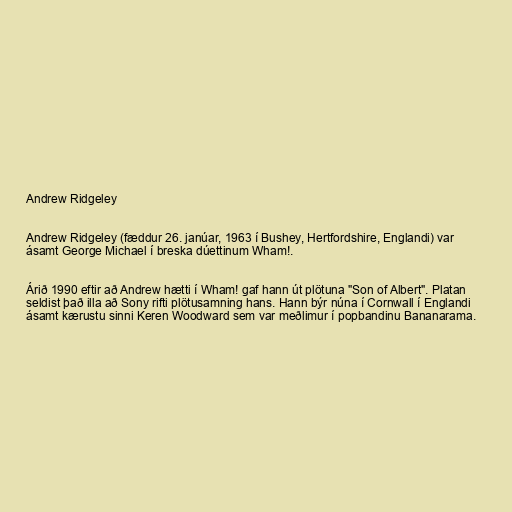
Andrew Ridgeley

Andrew Ridgeley (fæddur 26. janúar, 1963 í Bushey, Hertfordshire, Englandi) var
ásamt George Michael í breska dúettinum Wham!.

Árið 1990 eftir að Andrew hætti í Wham! gaf hann út plötuna "Son of Albert". Platan
seldist það illa að Sony rifti plötusamning hans. Hann býr núna í Cornwall í Englandi
ásamt kærustu sinni Keren Woodward sem var meðlimur í popbandinu Bananarama.